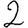
Digit: 2